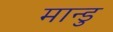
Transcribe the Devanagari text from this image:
मान्डु